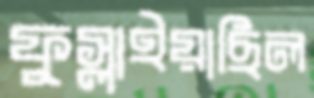
ফুস্‌লাইয়াছিল